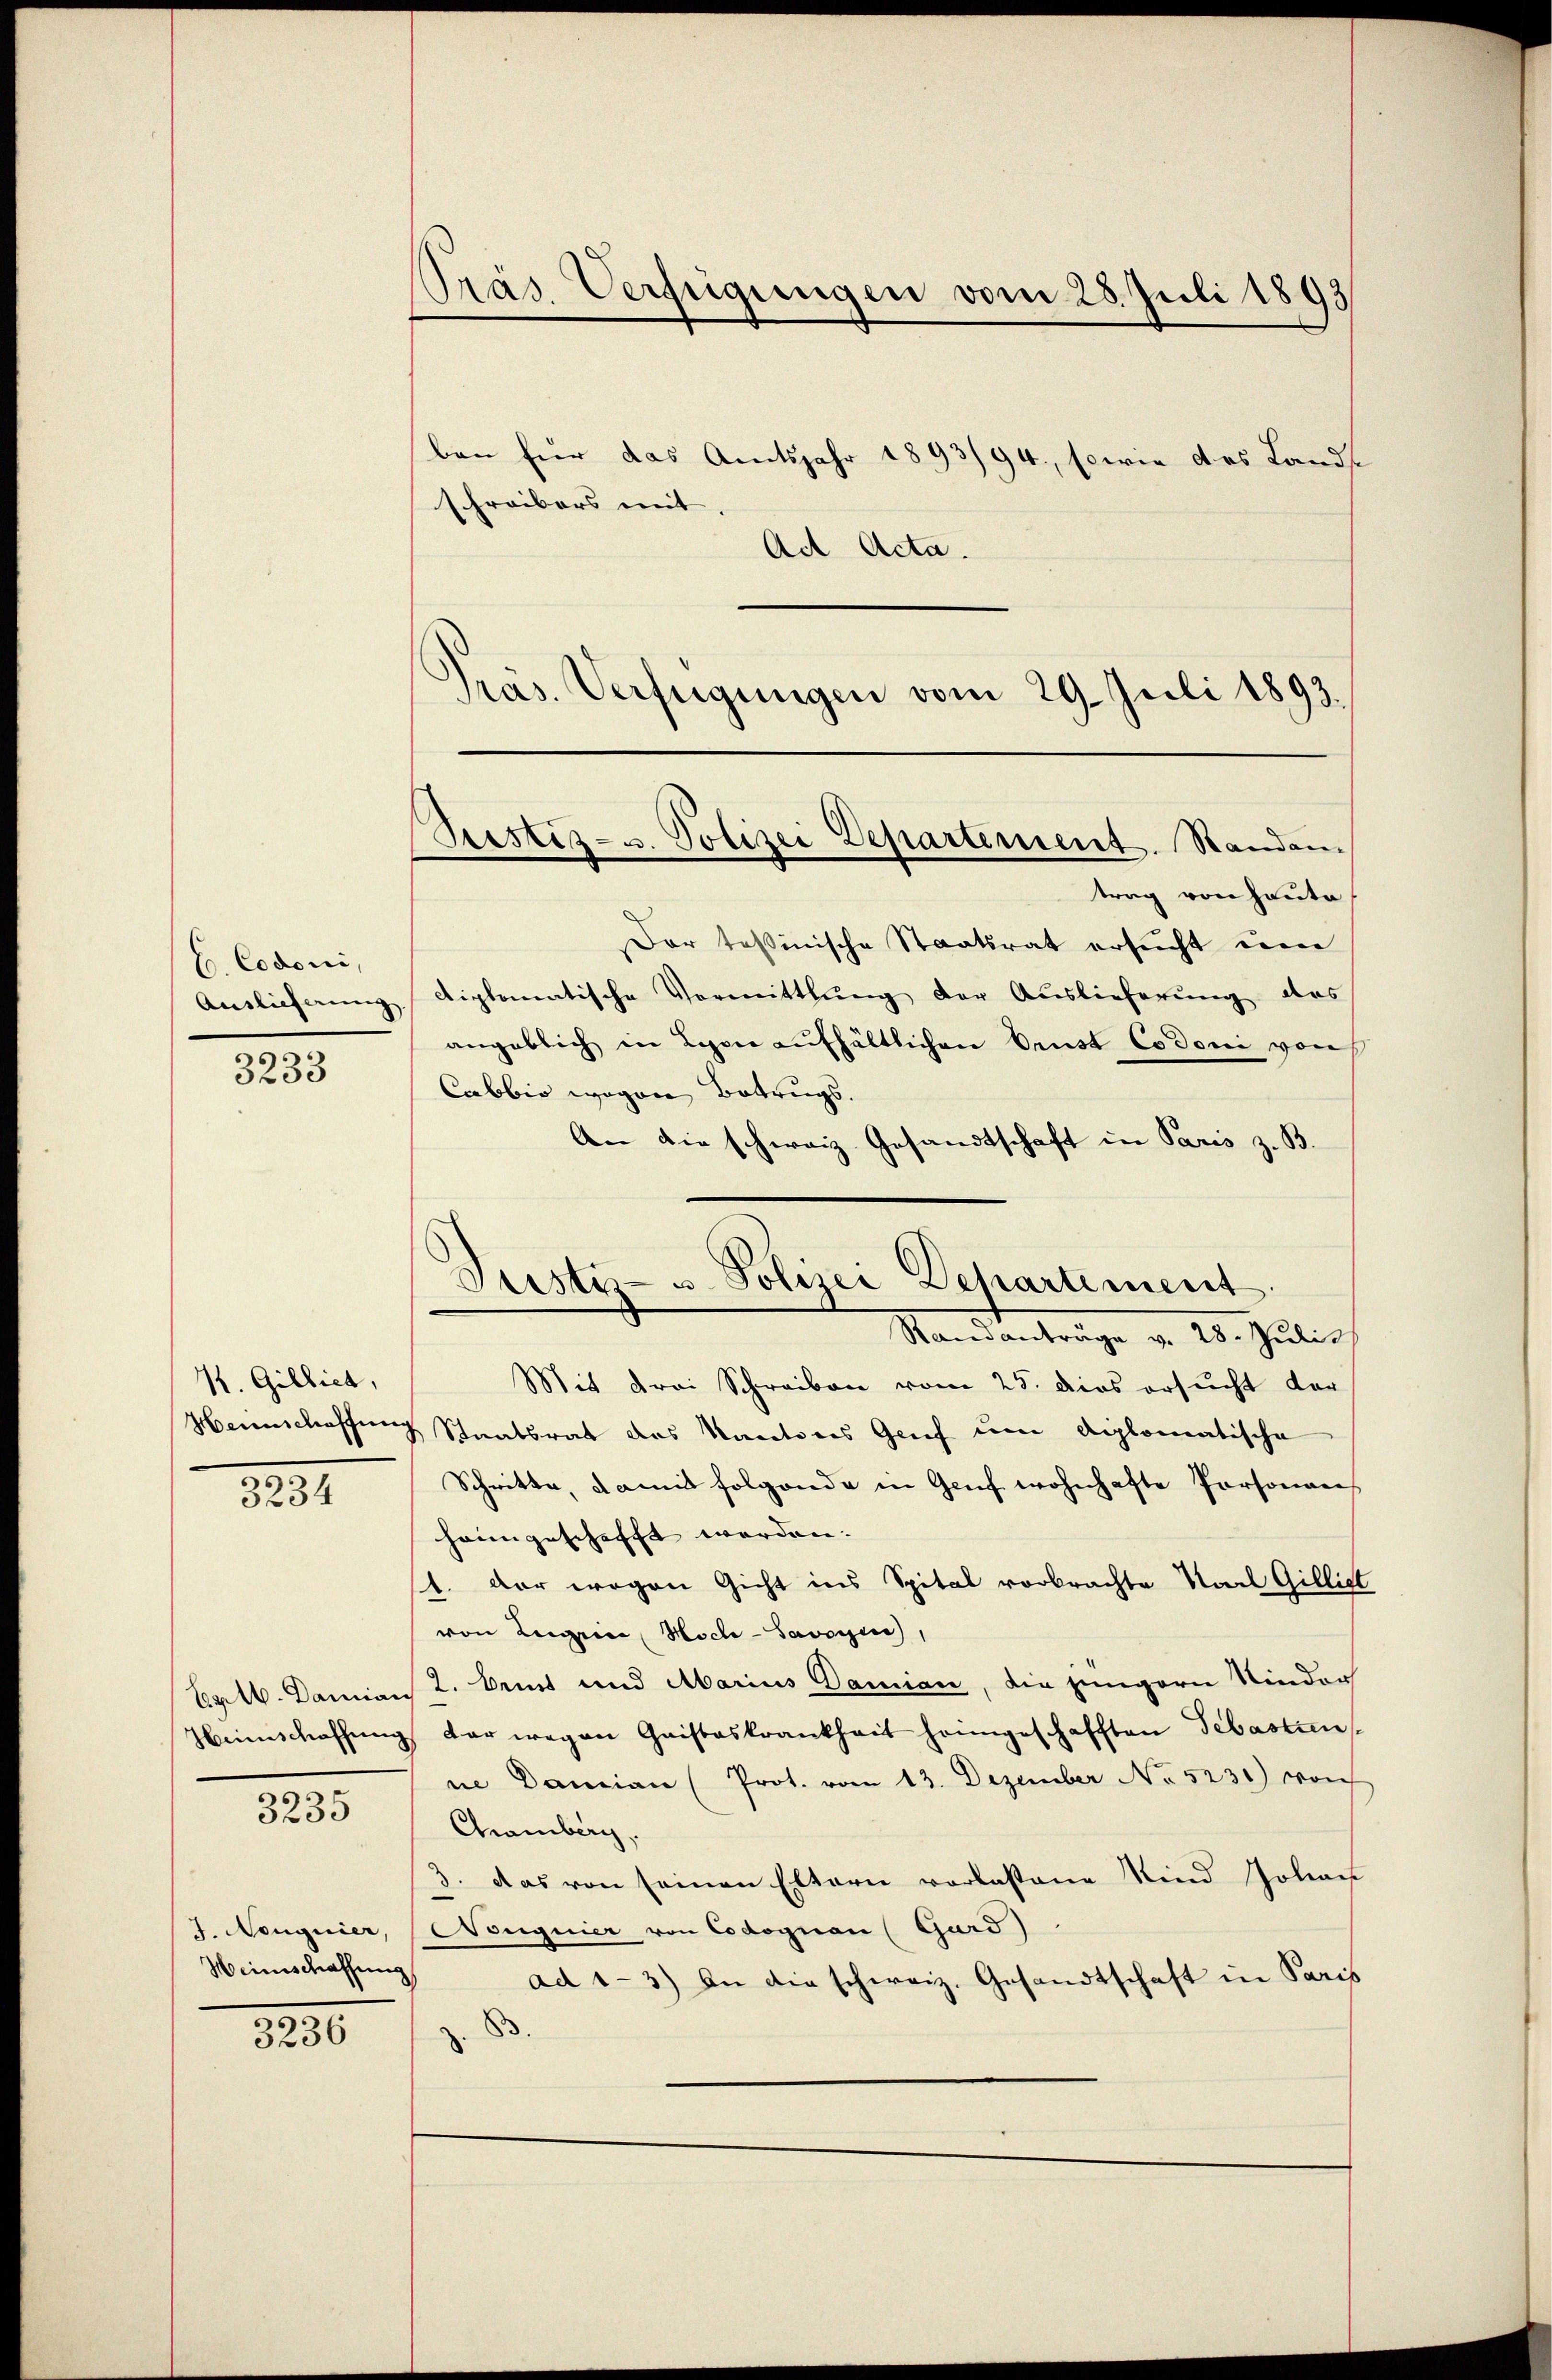
C. Codoni,
Auslieferung
3.

3233

. Gillich,
.

3234

Ertb. Damian
Heinschaffung

3235

J. Neuguier,
Heinschaffen

3236

Präs. Verfügungen vom 28. Juli 1893

Vestiz- u. Polizei Departement. Standan
trag von heute

ben für das Amtsjahr 1893/94., sowie des Lands
schreibers mit
Ad Acta.
Präs. Verfügungen vom 29. Juli 1893.
Dar toßinische Staatsrat ersucht eine
diplomatische Vormittlung der Auslieferung das
angeblich in Lyon aufhältlichen Ernst Codoni von
Cabbio wegen Betrugs.
An die schweiz. Gesandtschaft in Paris z. B.
Justiz- u. Polizei Departement
Standenträge v. 25. Julii,
Mit drei Schreiben vom 25. dies ersucht der
Heinschaffung Staatsrat das Kantons Gruf um diplomatische
Schritte, damit folgende in Genf wohnhafte Personans
heimgeschafft werden. |
1. Der wegen Gicht ins Spital vorbrachte Saal Gilliet
von Leger, Hoch-Savoyen
 2. Dent und Marius Damian, die jüngern Nieder
. der wegen Gaisteskrankheit heimgeschafften Sebastun
ne Damian (Prot. vom 13. Dezember No 5231) von
Chamberg,
3. Das von seinen Eltern vorlassene Kind Johan
Nouguier von Codognau (Gurd)
ad 1-3) In die schweiz. Gesandtschaft in Paris
.